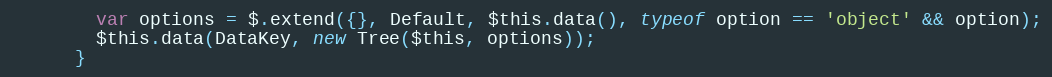
Language: JavaScript
        var options = $.extend({}, Default, $this.data(), typeof option == 'object' && option);
        $this.data(DataKey, new Tree($this, options));
      }